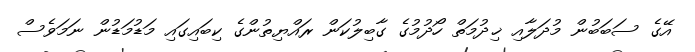
އޭގެ ސަބަބުން މުދަލާއި ޚިދުމަތް ހޯދުމުގެ ގާބިލުކަން ރައްޔިތުންގެ ކިބައިގައި މަޑުމަޑުން ނަމަވެސް